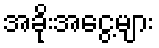
အခိုးအငွေ့များ